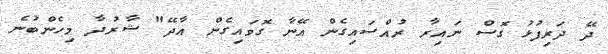
ދޭ ދަރިފުޅު ގޮސް ނައިރާ ރުއްސައިގެން އޭނާ ގޮވައިގެން އާދޭ" ޝާރުދާ މިހެންބުނެ